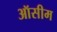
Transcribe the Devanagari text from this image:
ऑसीम